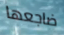
ضاجعها